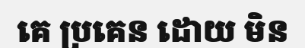
គេ ប្រគេន ដោយ មិន